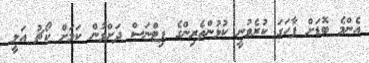
އެންމެ ބޮޑަށް ފާހަގަ ކުރެވުނީ ކުޅުންތެރިންގެ ފިޓްނަސް ދަށްވުން ކަމަށް ކޯޗު އަލީ